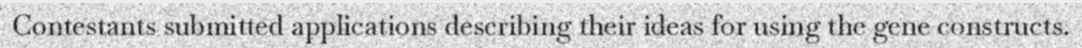
Contestants submitted applications describing their ideas for using the gene constructs.